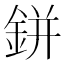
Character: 鉼